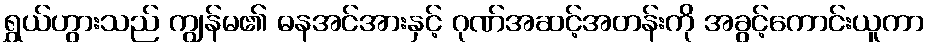
ရွှယ်ဟွားသည် ကျွန်မ၏ ဓနအင်အားနှင့် ဂုဏ်အဆင့်အတန်းကို အခွင့်ကောင်းယူကာ